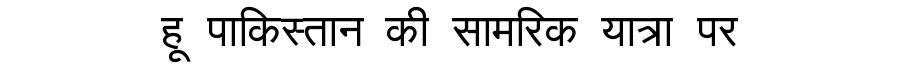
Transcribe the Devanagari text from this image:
हू पाकिस्तान की सामरिक यात्रा पर